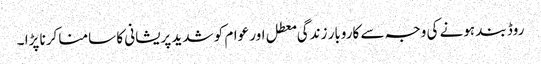
روڈ بند ہونے کی وجہ سے کاروبار زندگی معطل اور عوام کو شدید پریشانی کا سامنا کرنا پڑا ۔